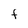
Character: F